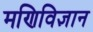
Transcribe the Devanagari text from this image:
मणिविज्ञान